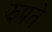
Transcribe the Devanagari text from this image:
झपते